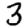
Digit: 3